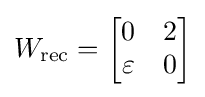
W_{\text{rec}}={\begin{bmatrix}0&2\\\varepsilon &0\end{bmatrix}}